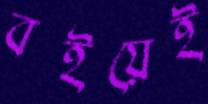
বইয়েই